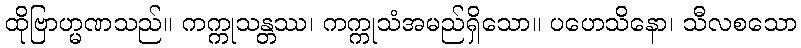
ထိုဗြာဟ္မဏသည်။ ကက္ကုသန္တဿ၊ ကက္ကုသံအမည်ရှိသော။ ပဟေသိနော၊ သီလစသော